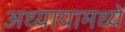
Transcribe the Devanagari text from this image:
अध्यायामध्ये